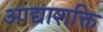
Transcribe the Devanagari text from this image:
आद्याशक्ति